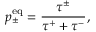
p _ { \pm } ^ { \mathrm { e q } } = \frac { \tau ^ { \pm } } { \tau ^ { + } + \tau ^ { - } } ,